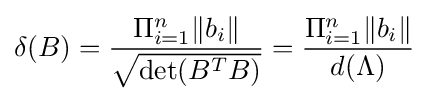
\delta (B)={\frac {\Pi _{i=1}^{n}\|b_{i}\|}{\sqrt {\det(B^{T}B)}}}={\frac {\Pi _{i=1}^{n}\|b_{i}\|}{d(\Lambda )}}